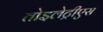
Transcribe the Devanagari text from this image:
तोइलेट्रीएस